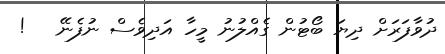
ދުވާފަރަށް ދިޔަ ބޯޓުން ގެއްލުނު މީހާ އަދިވެސް ނުފެނޭ   !